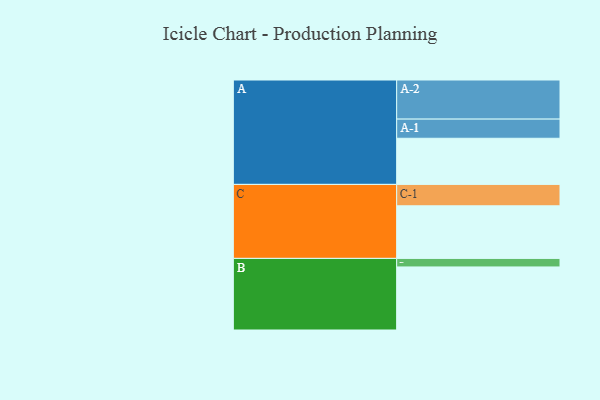
{"axis": {"x": "Segment", "y": "Value"}, "legend": ["", "A", "B", "C"], "data": [{"x": "A", "y": 308, "type": ""}, {"x": "B", "y": 421, "type": ""}, {"x": "C", "y": 351, "type": ""}, {"x": "A-1", "y": 128, "type": "A"}, {"x": "A-2", "y": 261, "type": "A"}, {"x": "B-1", "y": 57, "type": "B"}, {"x": "C-1", "y": 143, "type": "C"}]}